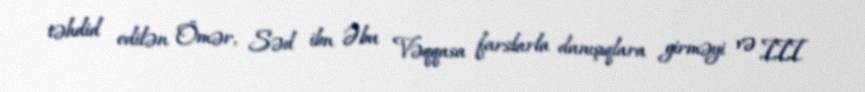
təhdid edilən Ömər, Səd ibn Əbu Vəqqasa farslarla danışıqlara girməyi və III